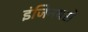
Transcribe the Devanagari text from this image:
इंजिनयरों